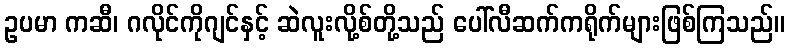
ဥပမာ ကဆီ၊ ဂလိုင်ကိုဂျင်နှင့် ဆဲလူးလို့စ်တို့သည် ပေါ်လီဆက်ကရိုက်များဖြစ်ကြသည်။